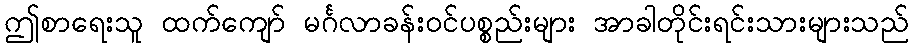
ဤစာရေးသူ ထက်ကျော် မင်္ဂလာခန်းဝင်ပစ္စည်းများ အာခါတိုင်းရင်းသားများသည်